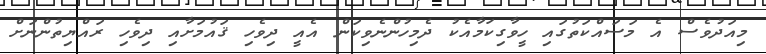
މިއަދުވެސް އެ މަސައްކަތުގައި ހީވާގިކަމާއެކު ދެމިހުންނެވިކަން އެއީ ދިވެހި ޤައުމަށާއި ދިވެހި ރައްޔިތުންނަށް